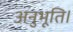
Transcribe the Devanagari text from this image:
अनुभूति।